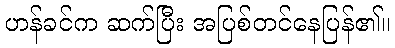
ဟန်ခင်က ဆက်ပြီး အပြစ်တင်နေပြန်၏။